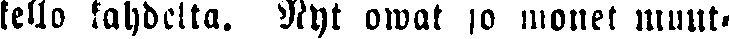
kello kahdelta. Nyt owat jo monet muut-